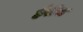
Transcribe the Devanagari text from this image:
हैरीस